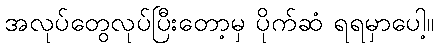
အလုပ်တွေလုပ်ပြီးတော့မှ ပိုက်ဆံ ရရမှာပေါ့။